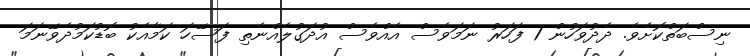
ނިސްބަތްކޮށެވެ. ދެދުވަހުން 1 ފަހަރު ނަމަވެސް އެއްވެސް އުދަގުލެއްނެތި ފަސޭހަ ކަމާއެކު ބޮޑުކަމުދެވޭނަމަ